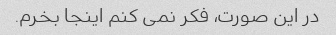
در این صورت، فکر نمی کنم اینجا بخرم.